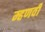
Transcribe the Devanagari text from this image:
म्हणवी